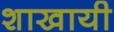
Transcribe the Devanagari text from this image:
शाखायी